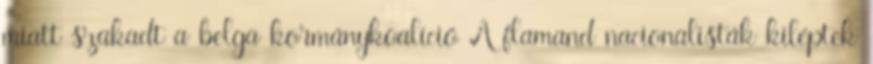
miatt szakadt a belga kormánykoalíció A flamand nacionalisták kiléptek